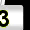
Digit: 3